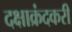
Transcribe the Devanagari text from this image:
दक्षाक्रंदकरी